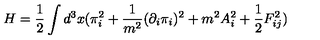
H = \frac { 1 } { 2 } \int d ^ { 3 } x ( \pi _ { i } ^ { 2 } + \frac { 1 } { m ^ { 2 } } ( \partial _ { i } \pi _ { i } ) ^ { 2 } + m ^ { 2 } A _ { i } ^ { 2 } + \frac { 1 } { 2 } F _ { i j } ^ { 2 } ) \nonumber